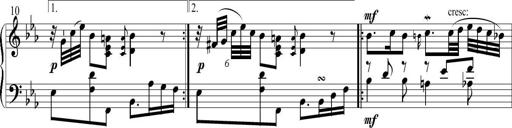
Title: 6 Leichte Sonatinen, Teil 1
Composer: F. Sigismund Sander